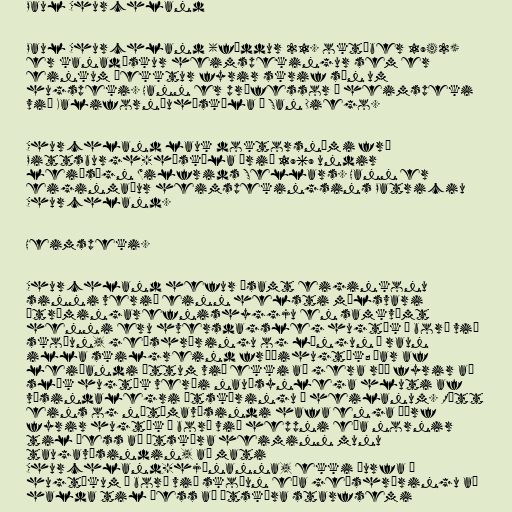
Paul Churchland

Paul Churchland (fæddur 21. október 1942)
er kanadískur heimspekingur sem er
einkum þekktur fyrir skrif sín um
hugspeki. Hann er prófessor í heimspeki
við Kaliforníuháskóla í San Diego.

Churchland lauk doktorsnámi frá
Pittsburgh-háskóla árið 1969 undir
leiðsögn Wilfrids Sellars. Hann er
eiginmaður heimspekingsins Patriciu
Churchland.

Heimspeki.

Churchland hefur ásamt eiginkonu
sinni verið einn helsti málsvari
útrýmingarefnishyggju en samkvæmt
henni eru hversdagsleg hugtök á borð við
skoðun, geðshræringu og löngun í raun
illa skilgreind fræðihugtök; þar af
leiðandi ættum við ekki að gera ráð fyrir að
slík hugtök verði nauðsynlega hluti af
vísindalegri útskýringu á heilanum. Rétt
eins og nútímavísindi hafa enga þörf
fyrir hugtök á borð við heppni eða nornir
til þess að útskýra heiminn munu
taugavísindin, að mati
Churchland-hjónanna, ekki þurfa á
hugtökum á borð við skoðun eða geðshræringu að
halda til þess að útskýra starfsemi